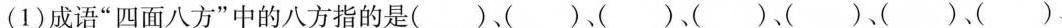
(1)成语”四面八方”中的八方指的是()、（)，()、()、()、()、()、